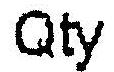
QTY